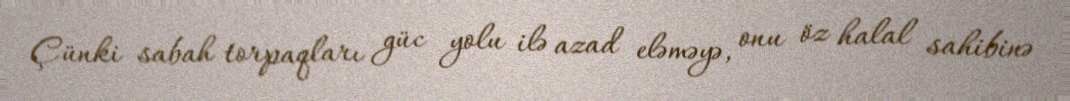
Çünki sabah torpaqları güc yolu ilə azad eləməyə, onu öz halal sahibinə